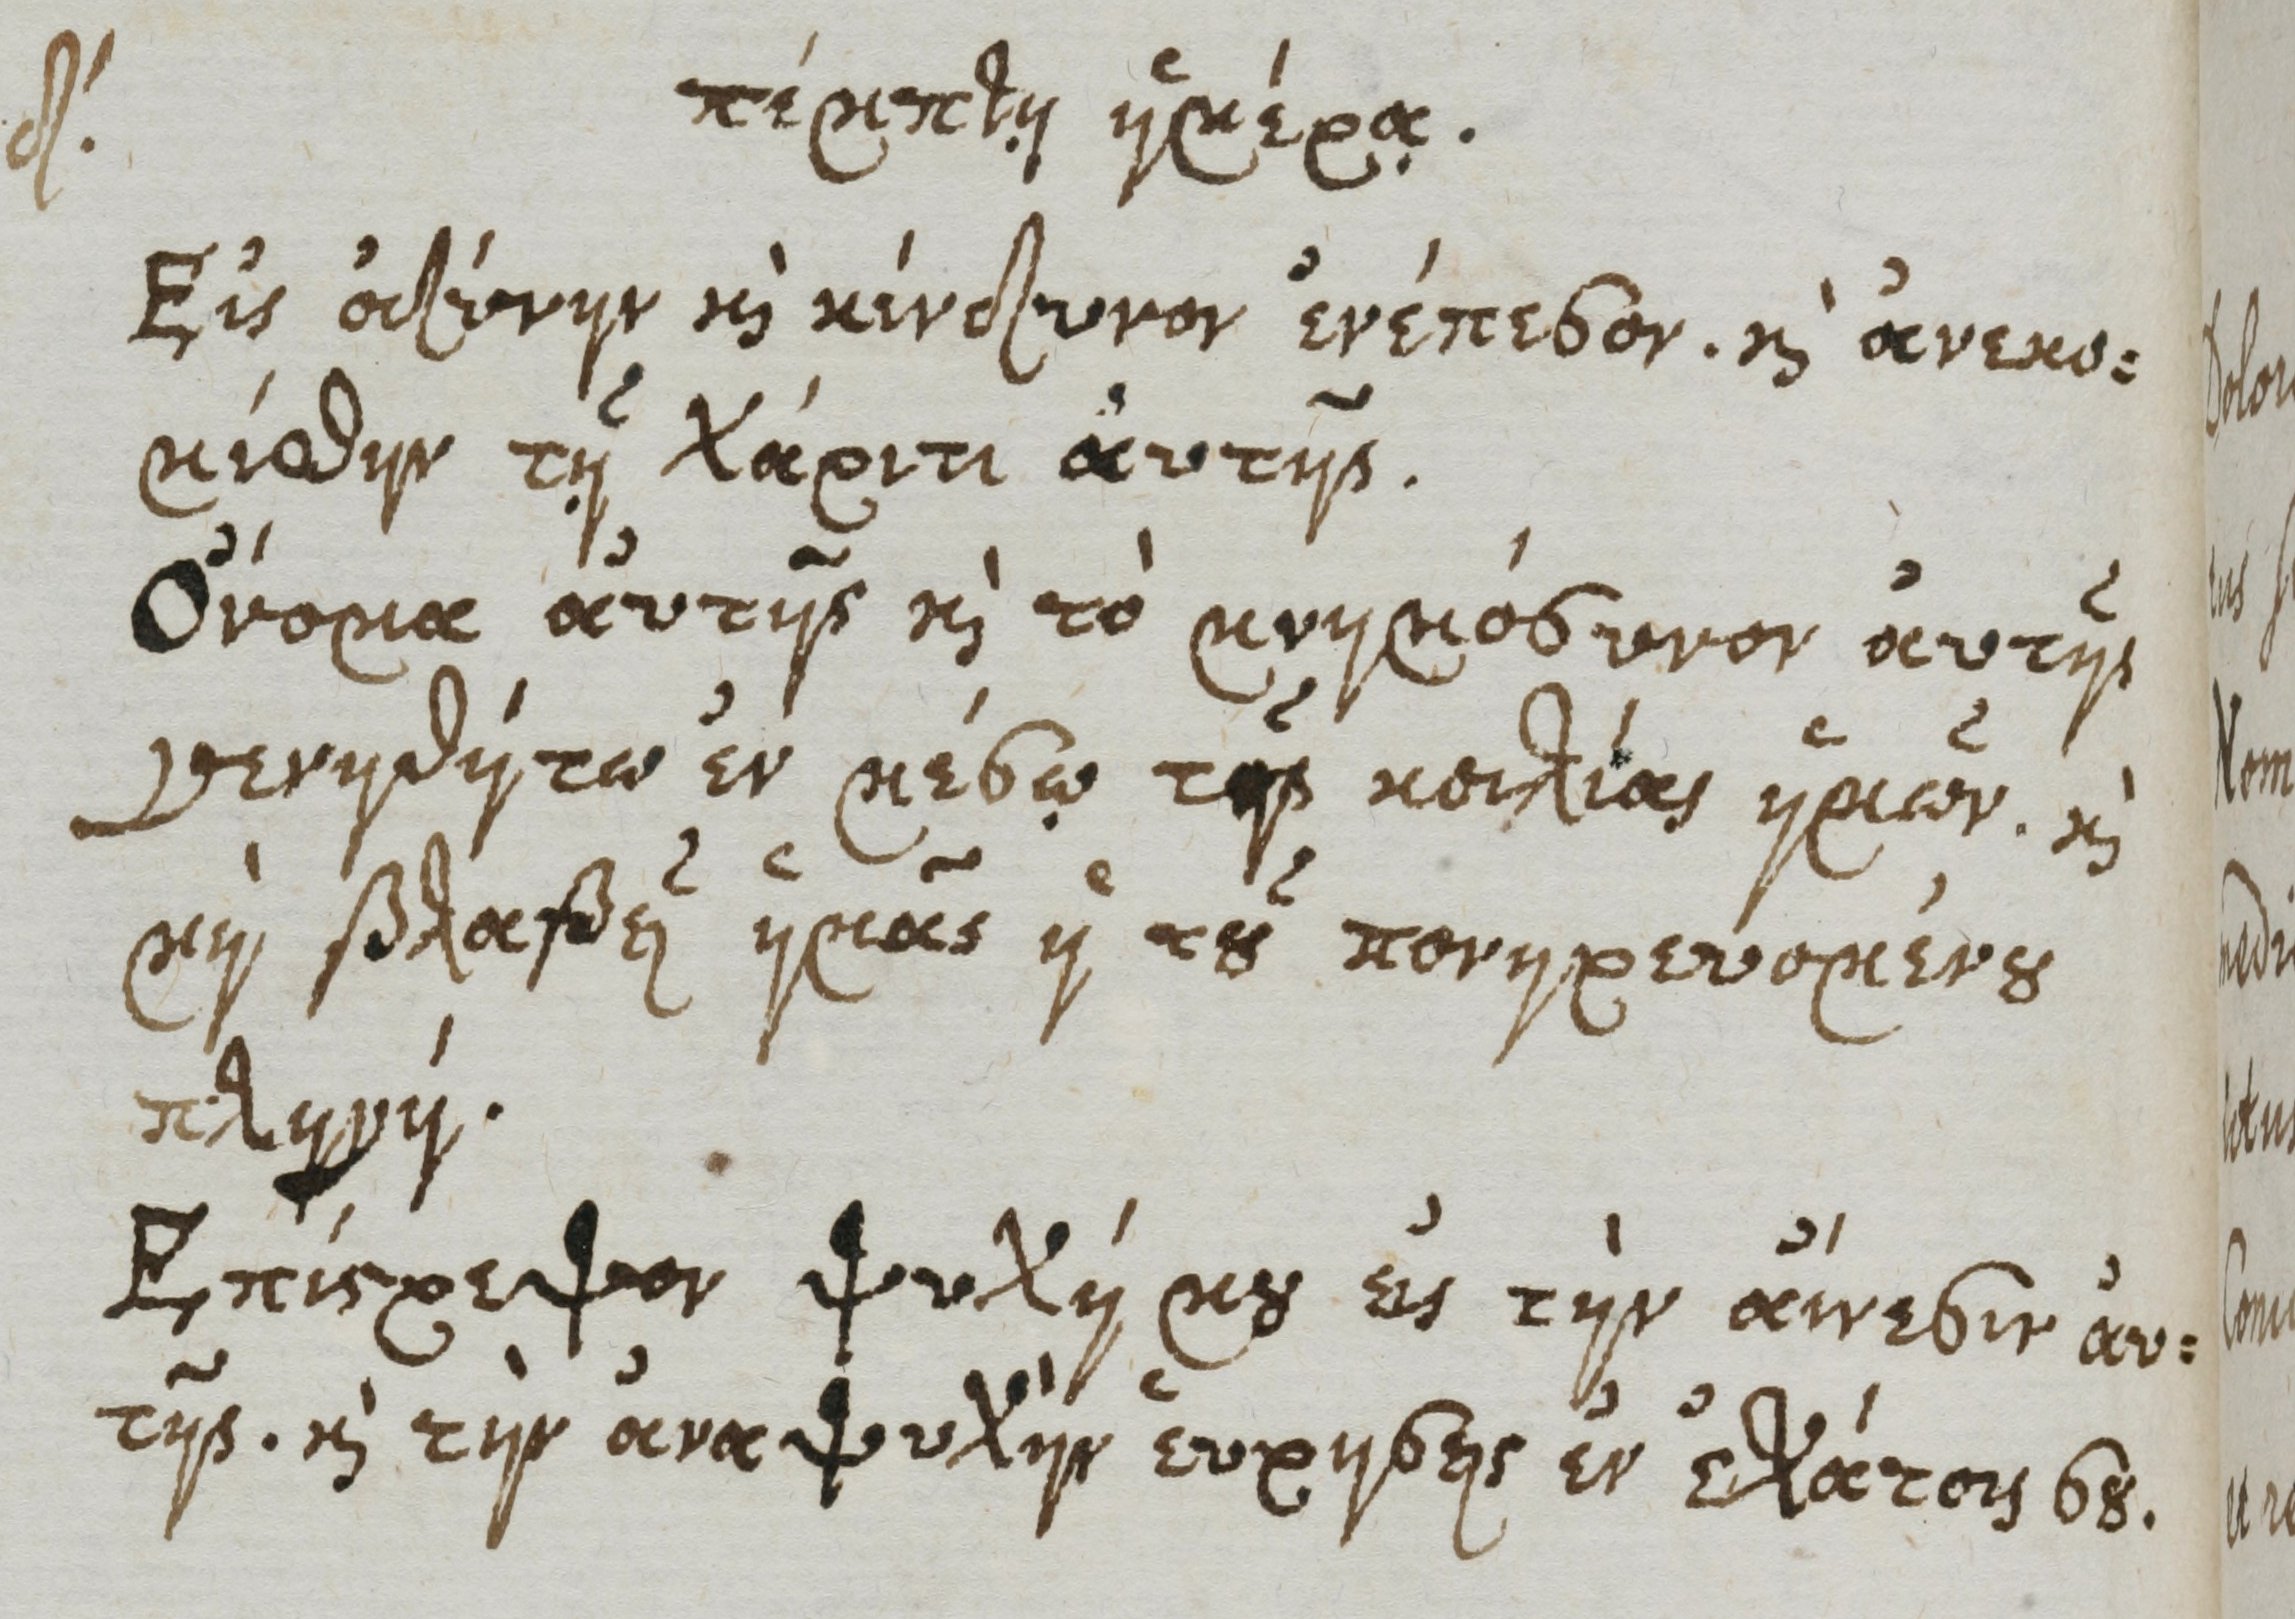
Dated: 1661–1661